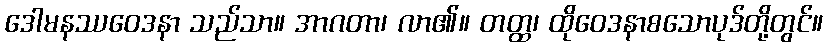
ဒေါမနဿဝေဒနာ သည်သာ။ အာဂတာ၊ လာ၏။ တတ္ထ၊ ထိုဝေဒနာစသောပုဒ်တို့တွင်။